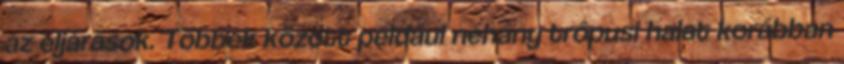
az eljárások. Többek között például néhány trópusi halat korábban